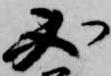
必